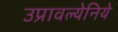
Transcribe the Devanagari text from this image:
उप्रावल्येनिये